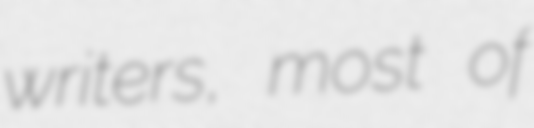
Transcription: writers, most of